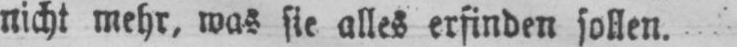
nicht mehr, was sie alles erfinden sollen.